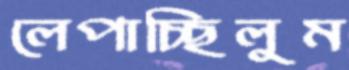
লেপাচ্ছিলুম